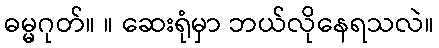
ဓမ္မဂုတ်။ ။ ဆေးရုံမှာ ဘယ်လိုနေရသလဲ။